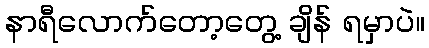
နာရီလောက်တော့တွေ့ ချိန် ရမှာပဲ။